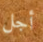
أجل